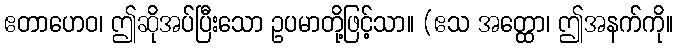
ဧတာဟေဝ၊ ဤဆိုအပ်ပြီးသော ဥပမာတို့ဖြင့်သာ။ (ဧသ အတ္ထော၊ ဤအနက်ကို။